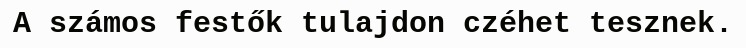
A számos festők tulajdon czéhet tesznek.